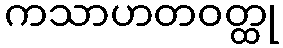
ကသာဟတဝတ္ထု